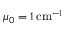
\mu _ { 0 } = 1 \, \mathrm { c m } ^ { - 1 }